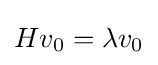
Hv_{0}=\lambda v_{0}